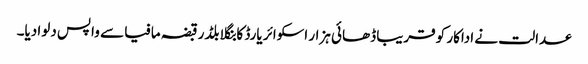
عدالت نے اداکار کو قریبا ڈھائی ہزار اسکوائر یارڈ کا بنگلا بلڈر قبضہ مافیا سے واپس دلوا دیا۔